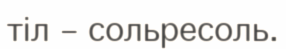
тіл – сольресоль.